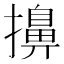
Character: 擤